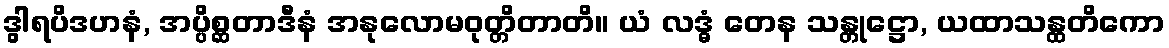
ဒွါရပိဒဟနံ, အပ္ပိစ္ဆတာဒီနံ အနုလောမဝုတ္တိတာတိ။ ယံ လဒ္ဓံ တေန သန္တုဋ္ဌော, ယထာသန္ထတိကော